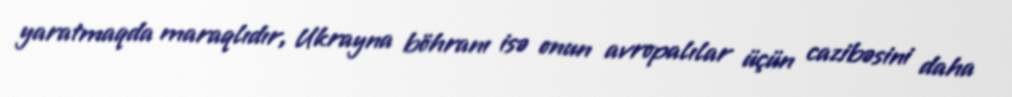
yaratmaqda maraqlıdır, Ukrayna böhranı isə onun avropalılar üçün cazibəsini daha